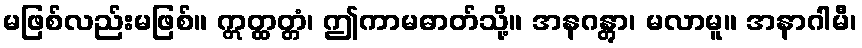
မဖြစ်လည်းမဖြစ်။ ဣတ္ထတ္တံ၊ ဤကာမဓာတ်သို့။ အနဂန္တွာ၊ မလာမူ။ အနာဂါမီ၊